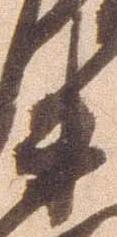
衛